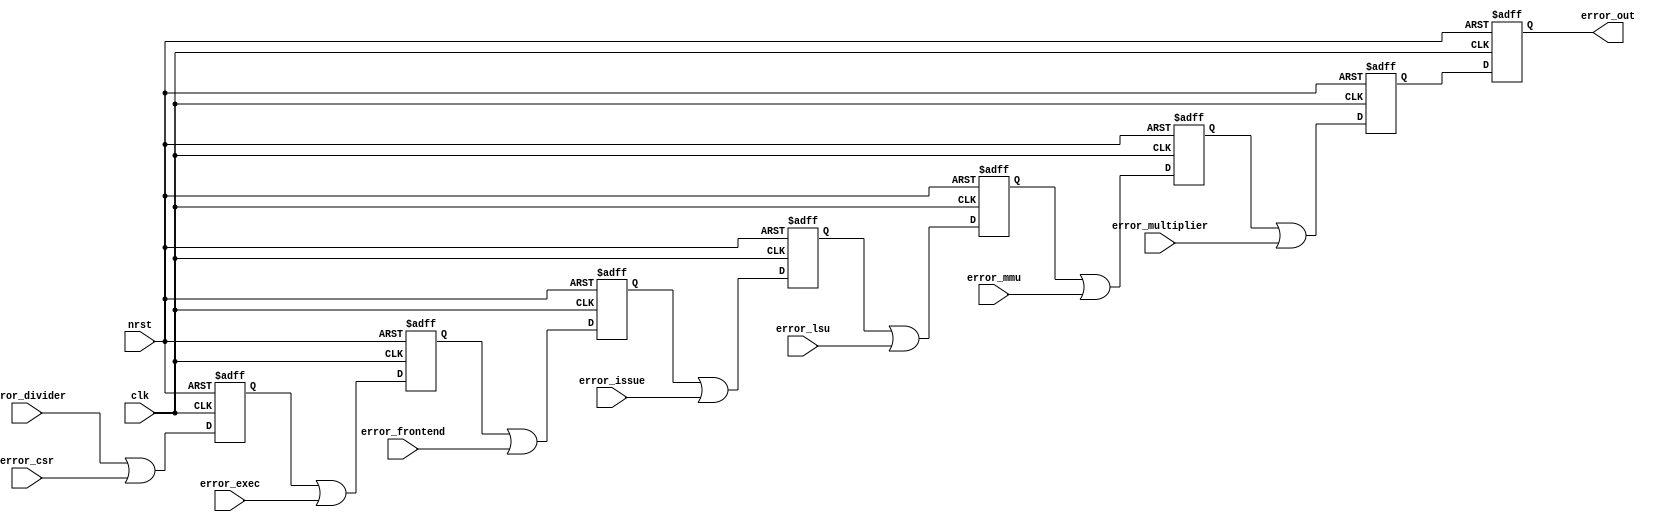
module error_handling (
    input clk,
    input nrst,
    input error_csr,
    input error_divider,
    input error_exec,
    input error_frontend,
    input error_issue,
    input error_lsu,
    input error_mmu,
    input error_multiplier,
    output reg error_out
);

reg error_d_stage, error_e_stage,error_f_stage,error_i_stage,error_l_stage,error_mm_stage,error_m_stage;
always @(posedge clk or negedge nrst) begin
    if (!nrst) begin
        error_out<= 1'b0;
        error_d_stage<=1'b0;
        error_e_stage<=1'b0;
        error_f_stage<=1'b0;
        error_i_stage<=1'b0;
        error_l_stage<=1'b0;
        error_mm_stage<=1'b0;
        error_m_stage<=1'b0;
        error_out<=1'b0;
    end
    else begin
        error_d_stage<=error_divider|error_csr;
        error_e_stage<=error_d_stage|error_exec;
        error_f_stage<=error_e_stage|error_frontend;
        error_i_stage<=error_f_stage|error_issue;
        error_l_stage<=error_i_stage|error_lsu;
        error_mm_stage<=error_l_stage|error_mmu;
        error_m_stage<=error_mm_stage|error_multiplier;
        error_out<=error_m_stage;
    end
end

endmodule